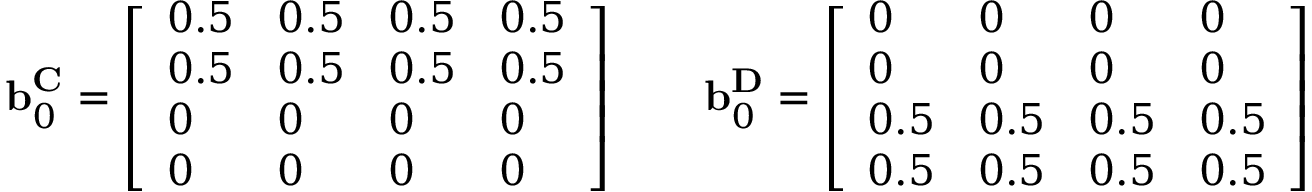
\begin{array} { r } { \mathbf { b } _ { 0 } ^ { \mathbf { C } } = \left[ \begin{array} { l l l l } { 0 . 5 } & { 0 . 5 } & { 0 . 5 } & { 0 . 5 } \\ { 0 . 5 } & { 0 . 5 } & { 0 . 5 } & { 0 . 5 } \\ { 0 } & { 0 } & { 0 } & { 0 } \\ { 0 } & { 0 } & { 0 } & { 0 } \end{array} \right] \qquad \mathbf { b } _ { 0 } ^ { \mathbf { D } } = \left[ \begin{array} { l l l l } { 0 } & { 0 } & { 0 } & { 0 } \\ { 0 } & { 0 } & { 0 } & { 0 } \\ { 0 . 5 } & { 0 . 5 } & { 0 . 5 } & { 0 . 5 } \\ { 0 . 5 } & { 0 . 5 } & { 0 . 5 } & { 0 . 5 } \end{array} \right] } \end{array}